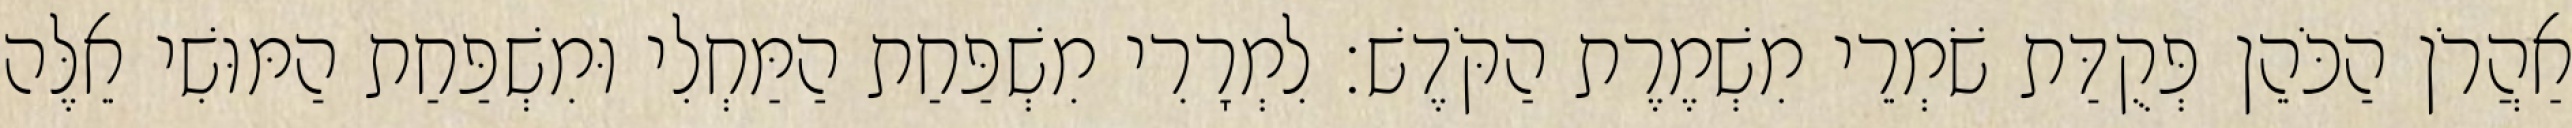
אַהֲרֹן הַכֹּהֵן פְּקֻדַּת שֹׁמְרֵי מִשְׁמֶרֶת הַקֹּדֶשׁ׃ לִמְרָרִי מִשְׁפַּחַת הַמַּחְלִי וּמִשְׁפַּחַת הַמּוּשִׁי אֵלֶּה